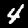
Label: 4